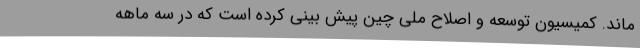
ماند. کمیسیون توسعه و اصلاح ملی چین پیش بینی کرده است که در سه ماهه